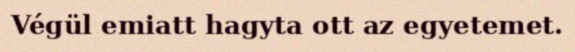
Végül emiatt hagyta ott az egyetemet.